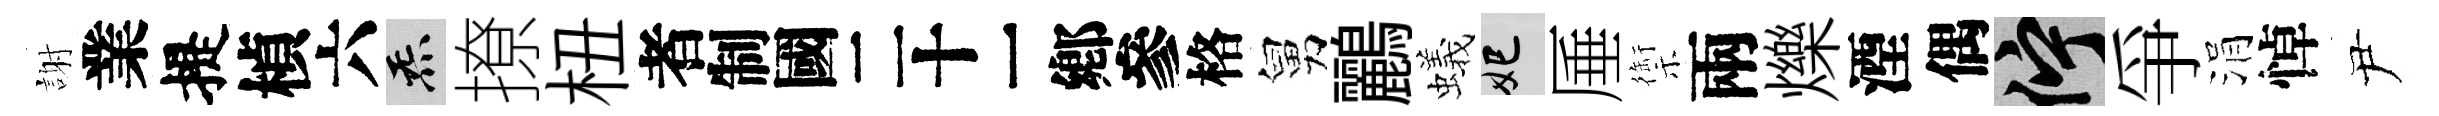
謝業提楨六炁撩杻识格舅鸝蟻妃厜禦兩爍湮偶伫爭涓悼尹